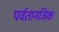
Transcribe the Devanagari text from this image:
पर्वतानजिक